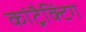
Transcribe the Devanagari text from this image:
कांट्रैक्टिंग